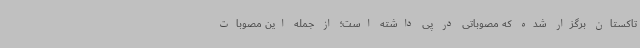
تاکستان برگزار شده که مصوباتی در پی داشته است؛ از جمله این مصوبات